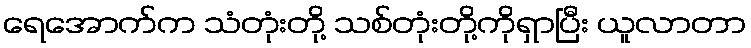
ရေအောက်က သံတုံးတို့ သစ်တုံးတို့ကိုရှာပြီး ယူလာတာ